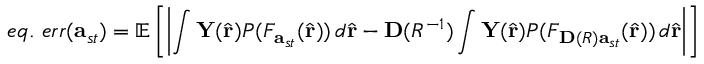
e q . \mathrm { ~ } e r r ( \mathbf { a } _ { s t } ) = \mathbb { E } \left[ \left| \int \mathbf { Y } ( \hat { \mathbf { r } } ) P ( F _ { \mathbf { a } _ { s t } } ( \hat { \mathbf { r } } ) ) \, d \hat { \mathbf { r } } - \mathbf { D } ( R ^ { - 1 } ) \int \mathbf { Y } ( \hat { \mathbf { r } } ) P ( F _ { \mathbf { D } ( R ) \mathbf { a } _ { s t } } ( \hat { \mathbf { r } } ) ) \, d \hat { \mathbf { r } } \right| \right]